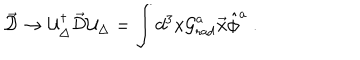
\vec { \cal D } \to { \cal U } _ { \Delta } ^ { \dagger } \vec { \cal D } { \cal U } _ { \Delta } = \int d ^ { 3 } x { \cal G } _ { \mathrm { r a d } } ^ { a } \vec { x } \hat { \phi } ^ { a } \ .